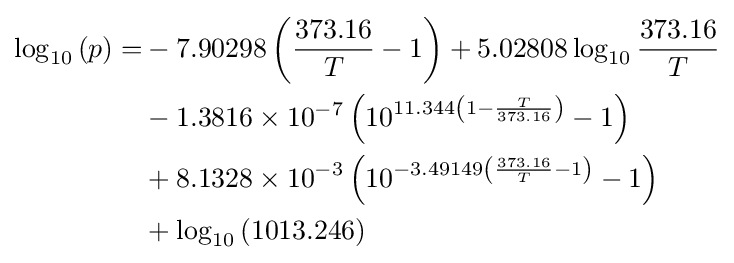
{\begin{aligned}\log _{10}\left(p\right)=&-7.90298\left({\frac {373.16}{T}}-1\right)+5.02808\log _{10}{\frac {373.16}{T}}\\&-1.3816\times 10^{-7}\left(10^{11.344\left(1-{\frac {T}{373.16}}\right)}-1\right)\\&+8.1328\times 10^{-3}\left(10^{-3.49149\left({\frac {373.16}{T}}-1\right)}-1\right)\\&+\log _{10}\left(1013.246\right)\end{aligned}}